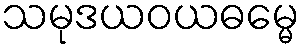
သမုဒယဝယဓမ္မေ